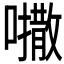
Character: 𫬒